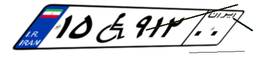
۱۵W۹۱۲۰۰